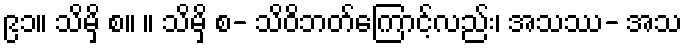
၉၁။ သိမှိ စ။ ။ သိမှိ စ- သိဝိဘတ်ကြောင့်လည်း၊ အသဿ- အသ